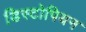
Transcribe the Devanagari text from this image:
डिस्टोपियन